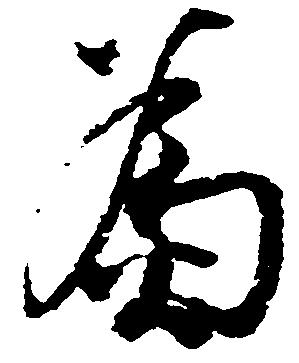
為